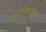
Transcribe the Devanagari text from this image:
उत्तराधिकाऱ्यांत